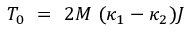
{ \cal T } _ { 0 } ~ = ~ 2 M ~ ( \kappa _ { 1 } - \kappa _ { 2 } ) { \cal J }